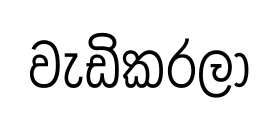
වැඩිකරලා